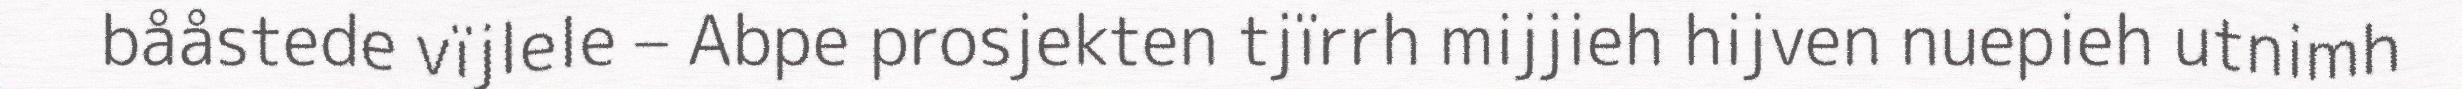
bååstede vïjlele – Abpe prosjekten tjïrrh mijjieh hijven nuepieh utnimh